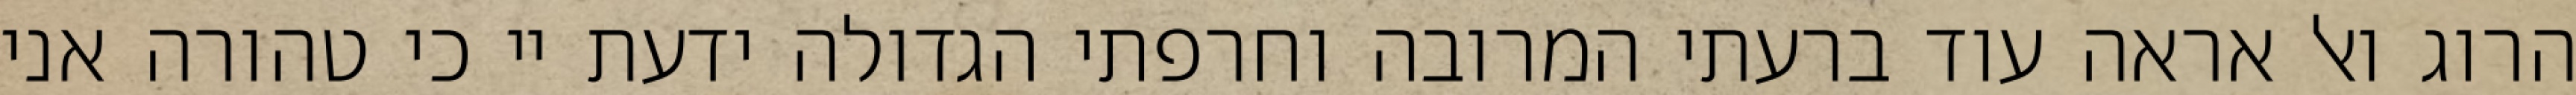
הרוג ואל אראה עוד ברעתי המרובה וחרפתי הגדולה ידעת יי כי טהורה אני